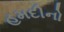
હમદીનો